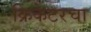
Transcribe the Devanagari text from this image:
क्रिकेटरचा